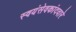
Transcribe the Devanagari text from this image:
स्वयंसेवकांदवारे